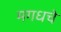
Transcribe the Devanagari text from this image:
मगधचे